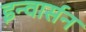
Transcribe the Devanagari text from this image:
इन्वार्सन